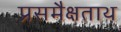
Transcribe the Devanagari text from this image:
प्रसमैक्षताथ